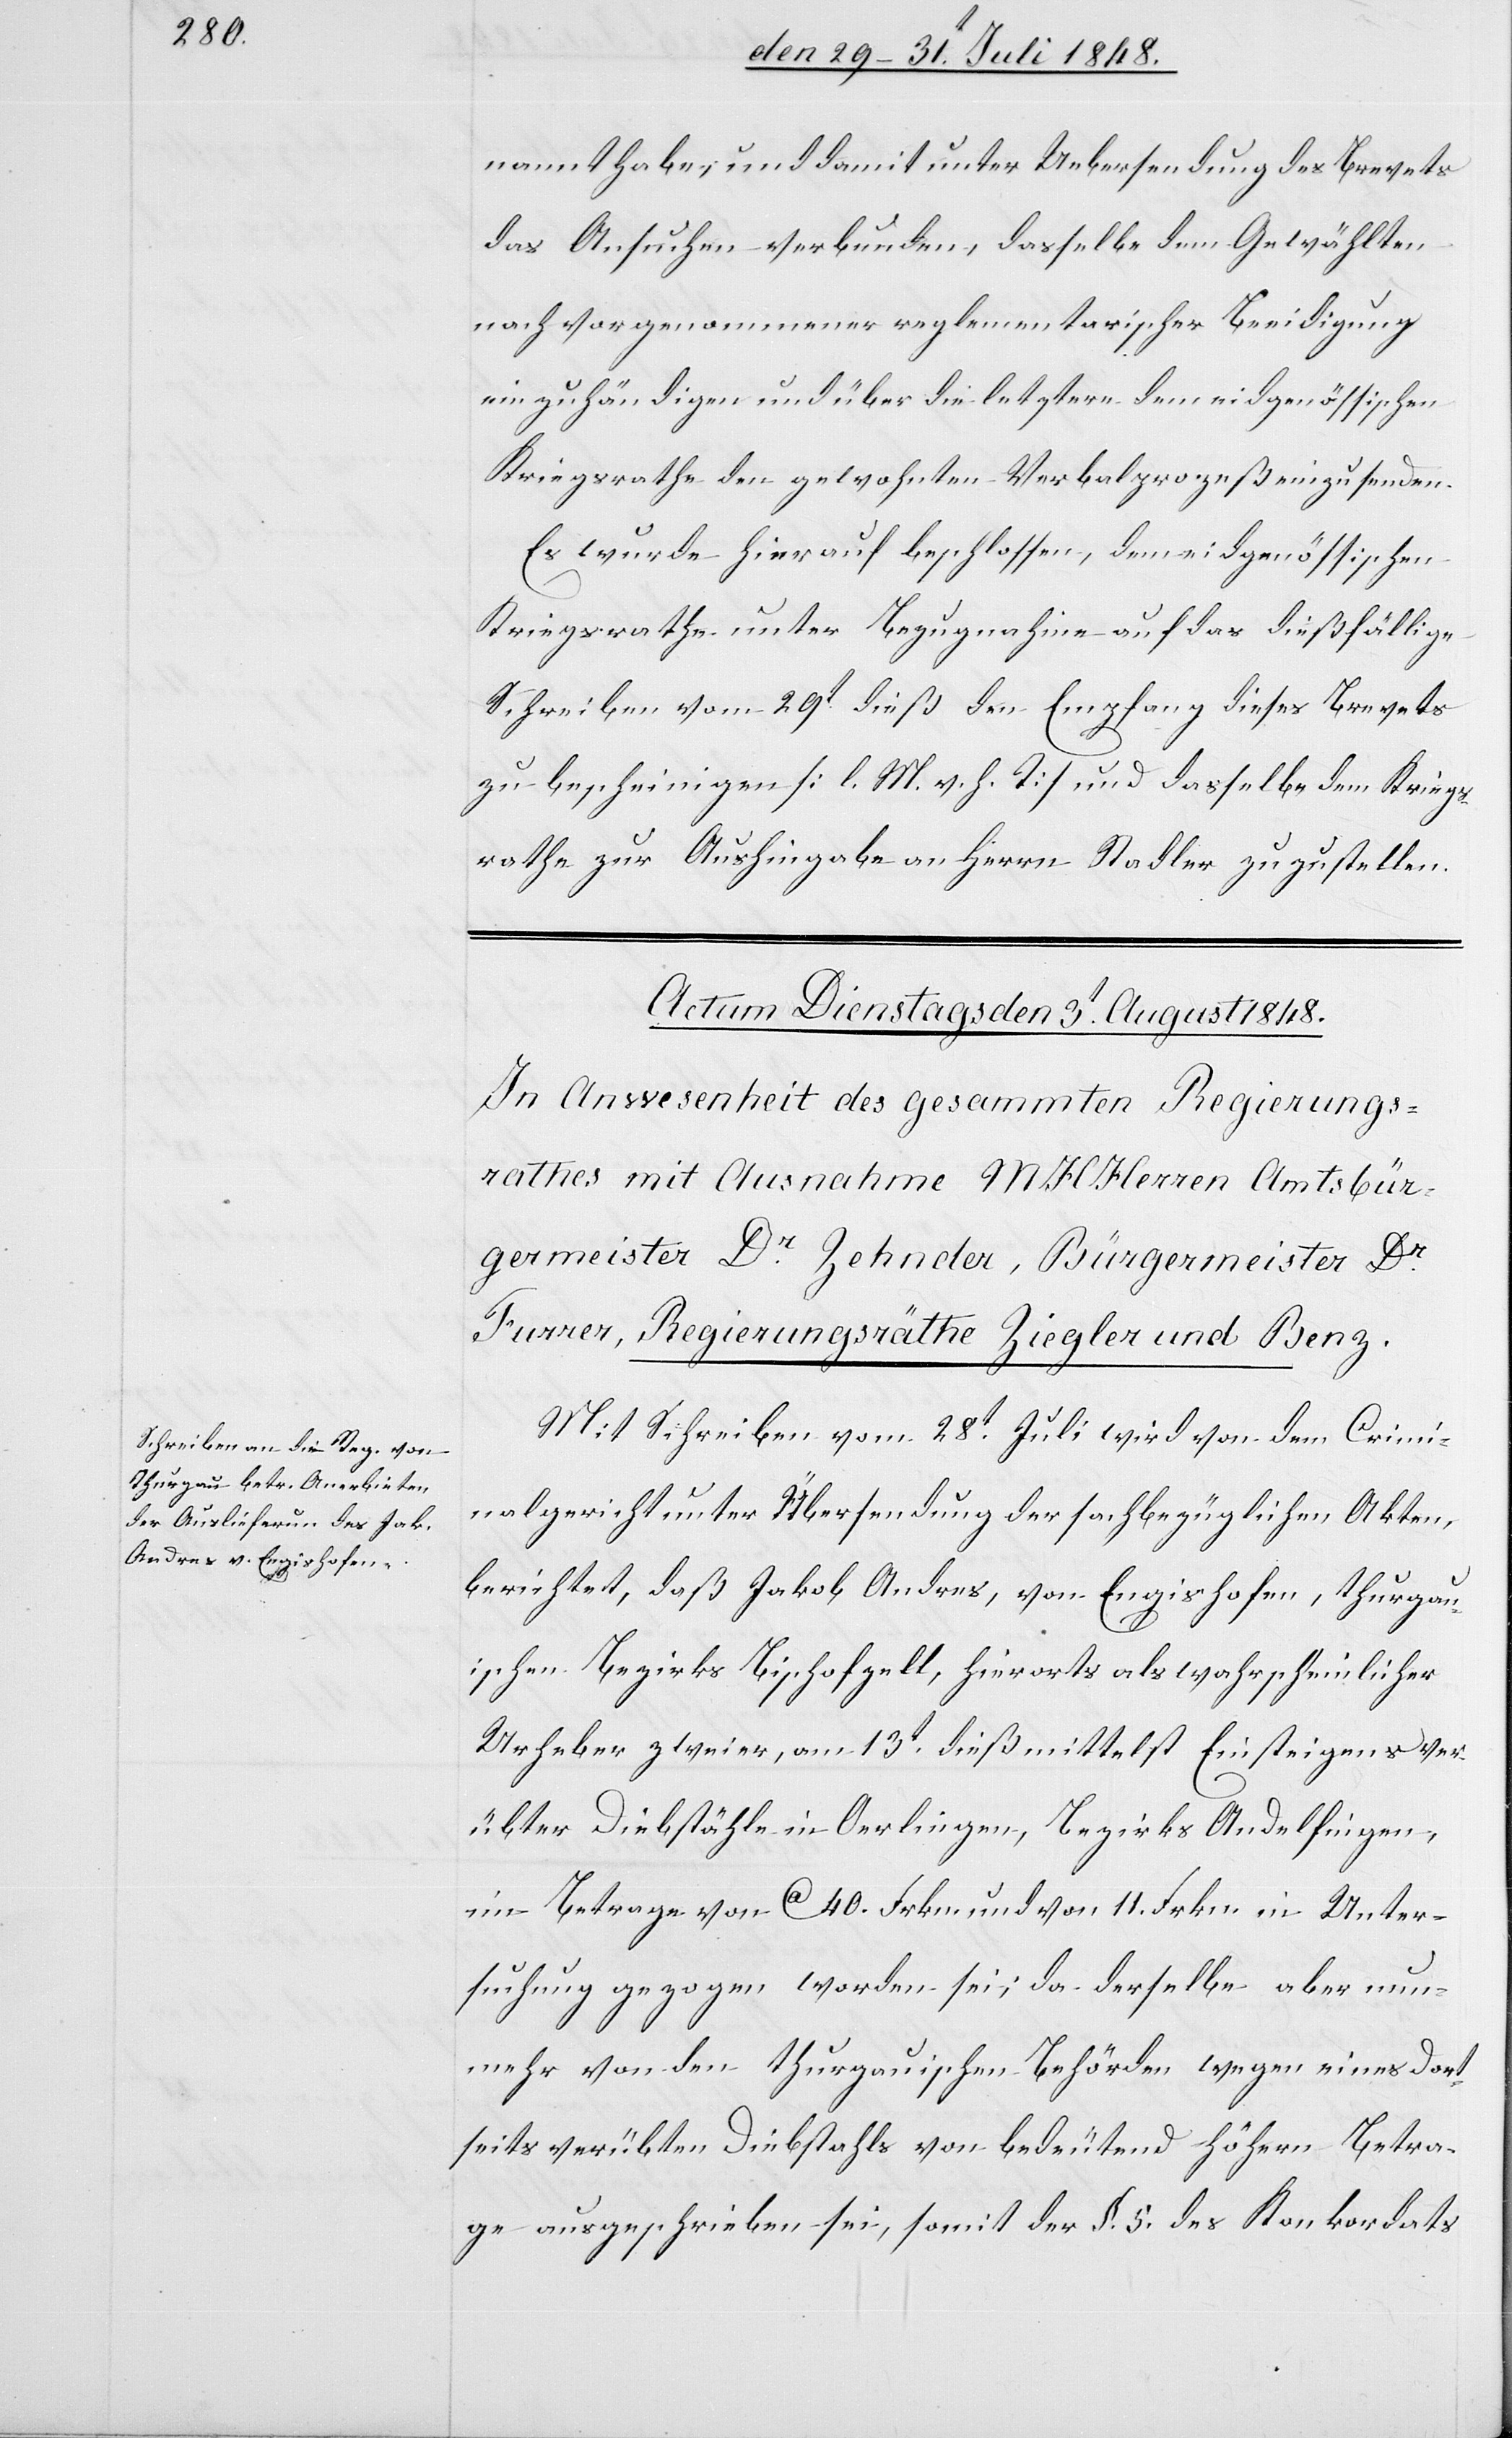
nannt habe, und damit unter Uebersendung des Brevets
das Ansuchen verbunden, dasselbe dem Gewählten
nach vorgenommener reglementarischer Beeidigung
einzuhändigen und über die letztern dem eidgenössischen
Kriegsrath den gewohnten Verbalprozeß einzusenden.
Es wurde hierauf beschlossen, dem eidgenössischen
Kriegsrathe unter Bezugnahme auf das dießfällige
Schreiben vom 29t dieß den Empfang dieses Brevets
zu bescheinigen [l. M. v. h. T] und dasselbe dem Kriegs¬
rathe zur Aushingabe an Herrn Stadler zuzustellen.
Mit Schreiben vom 28t Juli wird von dem Crimi¬
nalgericht unter Übersendung der sachbezüglichen Akten,
berichtet, daß Jakob Andres, von Engishofen, thurgau¬
ischen Bezirks Bischofzell, hierort als wahrscheinlicher
Urheber zweier, am 13t dieß mittelst Einsteigens ver¬
übter Diebstähle in Oerlingen, Bezirks Andelfingen,
im Betrag von ca. 40. Frkn. und von 11. Frkn. in Unter¬
suchung gezogen worden sei; da derselbe aber nun¬
mehr von den thurgauischen Behörden wegen eines dort¬
seits verübten Diebstahls von bedeutend höhern Betra¬
ge ausgeschrieben sei, somit der §. 5. des Konkordats